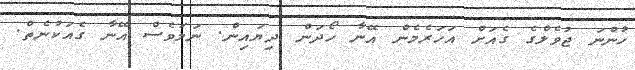
ހުންނަ ޖުވެލްގެ ގެއަށް އަހަރެމެން އޭނާ ހޯދަން ދިޔައިން. ނަމަވެސް އޭނާ ގެއަކުނެތް.